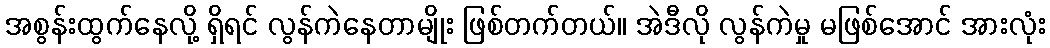
အစွန်းထွက်နေလို့ ရှိရင် လွန်ကဲနေတာမျိုး ဖြစ်တက်တယ်။ အဲဒီလို လွန်ကဲမှု မဖြစ်အောင် အားလုံး